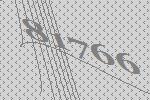
81766